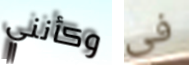
وكأنني فى